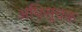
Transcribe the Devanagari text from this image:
अधिसूचक